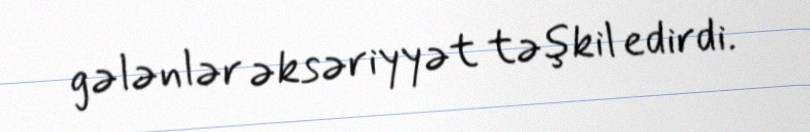
gələnlər əksəriyyət təşkil edirdi.